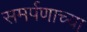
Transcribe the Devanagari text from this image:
समर्पणाच्या